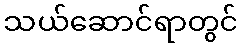
သယ်ဆောင်ရာတွင်